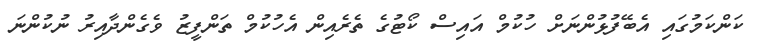
ކަންކަމުގައި އެބޭފުޅުންނަށް ހުކުމް އައިސް ކޯޓުގެ ތެރެއިން އެހުކުމް ތަންފީޒު ވެގެންދާއިރު ނުކުންނަ